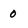
Character: 0